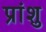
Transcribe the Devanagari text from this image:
प्रांशु